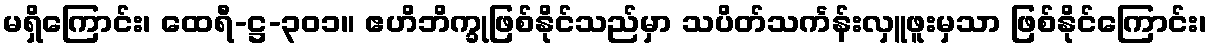
မရှိကြောင်း၊ ထေရီ-ဋ္ဌ-၃၀၁။ ဧဟိဘိက္ခုဖြစ်နိုင်သည်မှာ သပိတ်သင်္ကန်းလှူဖူးမှသာ ဖြစ်နိုင်ကြောင်း၊